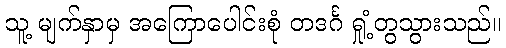
သူ့ မျက်နှာမှ အကြောပေါင်းစုံ တဒင်္ဂ ရှုံ့တွသွားသည်။